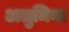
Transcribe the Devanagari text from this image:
अलुमिना